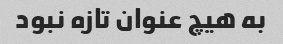
به هیچ عنوان تازه نبود